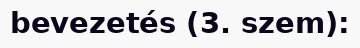
bevezetés (3. szem):